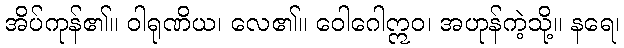
အိပ်ကုန်၏။ ဝါရုဏိယ၊ လေ၏။ ဝေါဂေါဣဝ၊ အဟုန်ကဲ့သို့။ နရေ၊